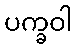
ပက္ခဝါ